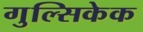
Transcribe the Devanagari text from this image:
गुल्सिकेक